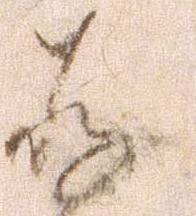
存